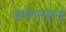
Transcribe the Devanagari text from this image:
अमरसत्य